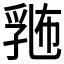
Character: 𪜛